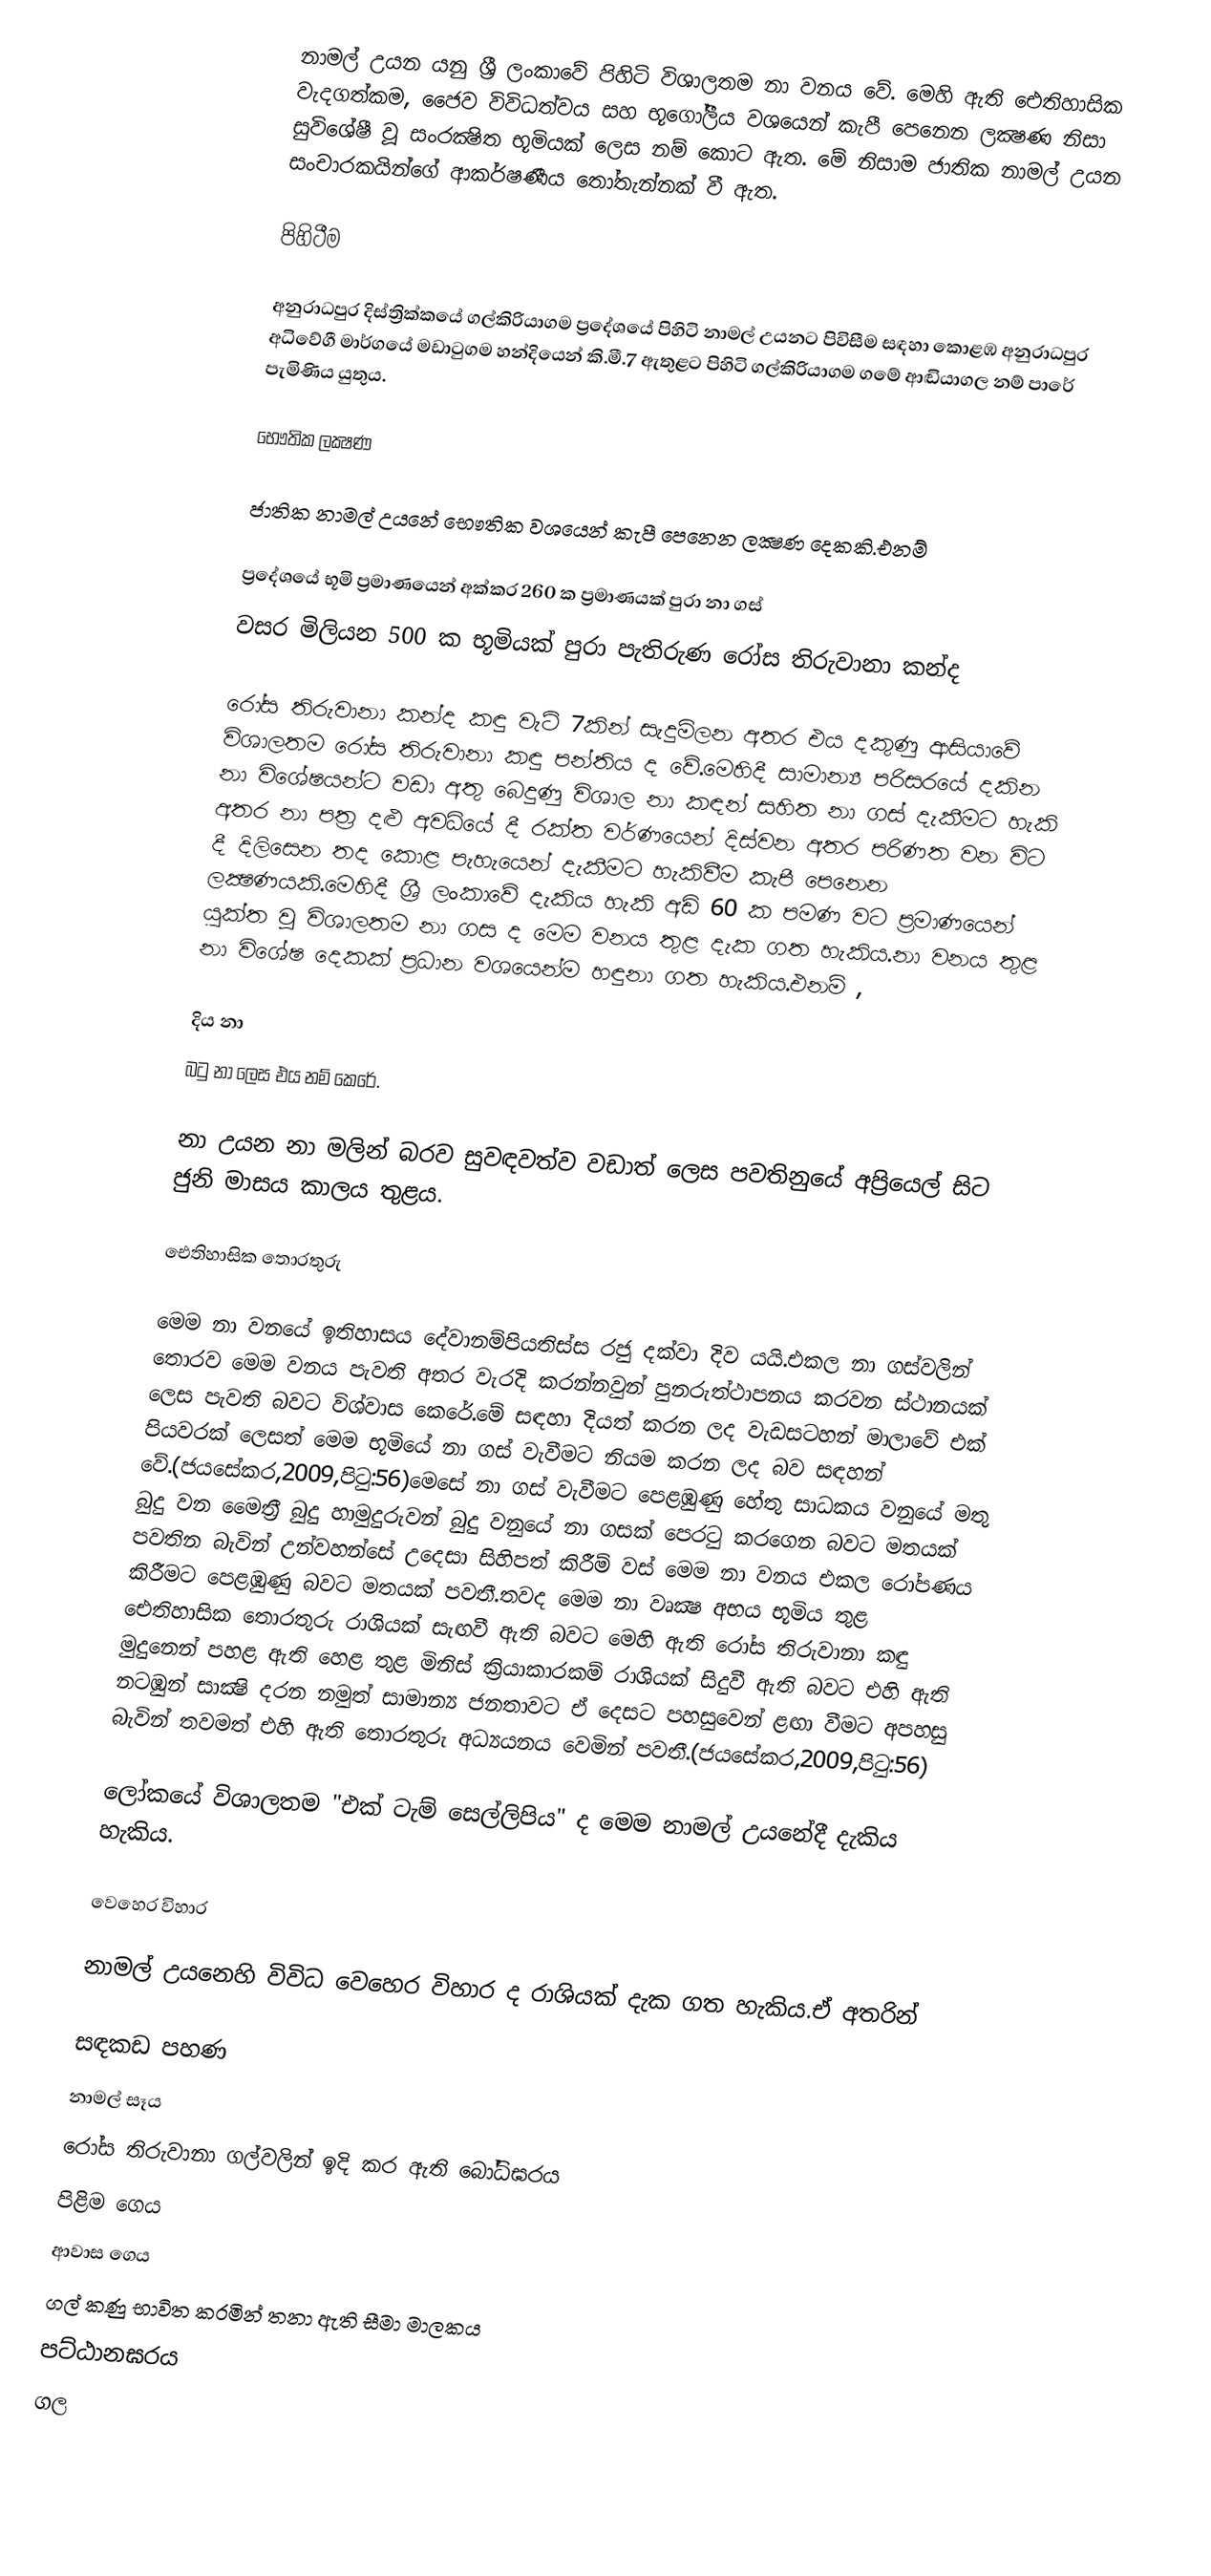
නාමල් උයන යනු ශ්‍රී ලංකාවේ පිහිටි විශාලතම නා වනය වේ. මෙහි ඇති ඓතිහාසික වැදගත්කම, ජෛව විවිධත්වය සහ භූගෝලීය වශයෙන් කැපී පෙනෙන ලක්‍ෂණ  නිසා සුවිශේෂී වූ සංරක්‍ෂිත භූමියක් ලෙස නම් කොට ඇත. මේ නිසාම ජාතික නාමල් උයන සංචාරකයින්ගේ ආකර්ෂණීය තෝතැන්නක් වී ඇත.

පිහිටීම

අනුරාධපුර දිස්ත්‍රික්කයේ ගල්කිරියාගම ප්‍රදේශයේ පිහිටි නාමල් උයනට පිවිසීම සඳහා කොළඹ අනුරාධපුර අධිවේගී මාර්ගයේ මඩාටුගම හන්දියෙන් කි.මී.7 ඇතුළට පිහිටි  ගල්කිරියාගම ගමේ ආඬියාගල නම්  පාරේ පැමිණිය යුතුය.

භෞතික ලක්‍ෂණ

ජාතික නාමල් උයනේ ‍භෞතික වශයෙන් කැපී පෙනෙන ලක්‍ෂණ දෙකකි.එනම්

ප්‍රදේශයේ භූමි ප්‍රමාණයෙන් අක්කර 260 ක ප්‍රමාණයක් පුරා නා ගස්
වසර මිලියන 500 ක භූමියක් පුරා පැතිරුණ රෝස තිරුවානා කන්ද

රෝස තිරුවානා කන්ද කඳු වැටි 7කින් සැදුම්ලන අතර එය දකුණු ආසියාවේ විශාලතම රෝස තිරුවානා කඳු පන්තිය ද වේ.මෙහිදී සාමාන්‍ය පරිසරයේ දකින නා විශේෂයන්ට වඩා අතු ‍‍‍බෙදුණු විශාල නා කඳන් සහිත නා ගස් දැකීමට හැකි අතර නා පත්‍ර දළු අවධියේ දී රක්ත වර්ණයෙන් දිස්වන අතර පරිණත වන විට දී දිලිසෙන තද කොළ පැහැයෙන් දැකීමට හැකිවීම කැපී පෙනෙන ලක්‍ෂණයකි.මෙහිදී ශ්‍රී ලංකාවේ දැකිය හැකි අඩි 60 ක පමණ වට ප්‍රමාණයෙන් යුක්ත වූ විශාලතම නා ගස ද මෙම වනය තුළ දැක ගත හැකිය.නා වනය තුළ නා වි‍ශේෂ දෙකක් ප්‍රධාන වශයෙන්ම හඳුනා ගත හැකිය.එනම් ,

දිය නා
බටු නා    ලෙස එය නම් කෙරේ.

නා උයන නා මලින් බරව සුවඳවත්ව වඩාත් ලෙස පවතිනුයේ අප්‍රියෙල් සිට ජුනි මාසය කාලය තුළය.

ඓතිහාසික තොරතුරු

මෙම නා වනයේ ඉතිහාසය දේවානම්පියතිස්ස රජු දක්වා දිව යයි.එකල නා ගස්වලින් තොරව මෙම වනය පැවති අතර වැරදි කරන්නවුන් පුනරුත්ථාපනය කරවන ස්ථානයක් ලෙස  පැවති බවට විශ්වාස කෙරේ.මේ සඳහා දියත් කරන ලද වැඩසටහන් මාලාවේ එක් පියවරක් ලෙසත් මෙම භූමියේ නා ගස් වැවීමට නියම කරන ලද බව සඳහන් වේ.(ජයසේකර,2009,පිටු:56)මෙසේ නා ගස් වැවීමට පෙළඹුණු හේතු සාධකය වනුයේ මතු බුදු වන මෛත්‍රී බුදු හාමුදුරුවන් බුදු වනුයේ නා ගසක් පෙරටු කරගෙන බවට මතයක් පවතින බැවින් උන්වහන්සේ උදෙසා සිහිපත් කිරීම් වස් මෙම නා වනය එකල රෝපණය කිරීමට පෙළඹුණු බවට මතයක් පවතී.තවද මෙම නා වෘක්‍ෂ අභය භූමිය තුළ ඓතිහාසික තොරතුරු රාශියක් සැඟවී ඇති බවට මෙහි ඇති රෝස තිරුවානා කඳු මුදුනෙන් පහළ ඇති හෙළ තුළ මිනිස් ක්‍රියාකාරකම් රාශියක් සිදුවී ඇති බවට එහි  ඇති නටඹුන් සාක්‍ෂි දරන නමුත් සාමාන්‍ය ජනතාවට ඒ දෙසට පහසුවෙන් ළඟා වීමට අපහසු බැවින් තවමත් එහි ඇති තොරතුරු අධ්‍යයනය වෙමින් පවතී.(ජයසේකර,2009,පිටු:56)

ලෝකයේ විශාලතම "එක් ටැම් සෙල්ලිපිය" ද මෙම නාමල් උයනේදී දැකිය හැකිය.

වෙහෙර විහාර

නාමල් උයනෙහි විවිධ වෙහෙර විහාර ද රාශියක් දැක ගත හැකිය.ඒ අතරින්

සඳකඩ පහණ
නාමල් සෑය
රෝස තිරුවානා ගල්වලින් ඉදි කර ඇති බෝධිඝරය
පිළිම ගෙය
ආවාස ගෙය
ගල් කණු භාවිත කරමින් තනා ඇති සීමා මාලකය
පට්ඨානඝරය
ගල